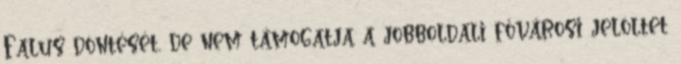
Falus döntését, de nem támogatja a jobboldali fővárosi jelöltet